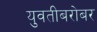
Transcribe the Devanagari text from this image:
युवतीबरोबर